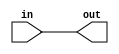
//assign assign left_side = right_side;
module top_module(
    input in,
    output out
);

assign out = in;

endmodule